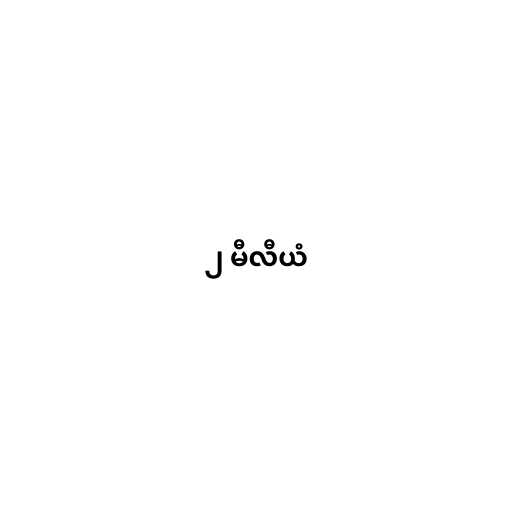
၂ မီလီယံ